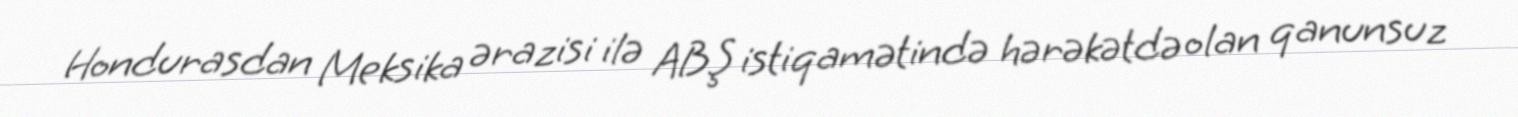
Hondurasdan Meksika ərazisi ilə ABŞ istiqamətində hərəkətdə olan qanunsuz